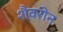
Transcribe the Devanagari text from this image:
शैवरोन